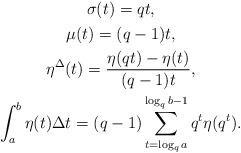
LaTeX: \begin{align*}\begin{gathered}\sigma(t)=qt,\\\mu(t)=(q-1)t,\\\eta^\Delta(t)=\frac{\eta(qt)-\eta(t)}{(q-1)t},\\\int_{a}^{b}\eta(t)\Delta t=(q-1)\sum_{t=\log_{q}{a}}^{\log_{q}{b}-1}q^t \eta(q^t).\end{gathered}\end{align*}